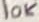
Text: 10K